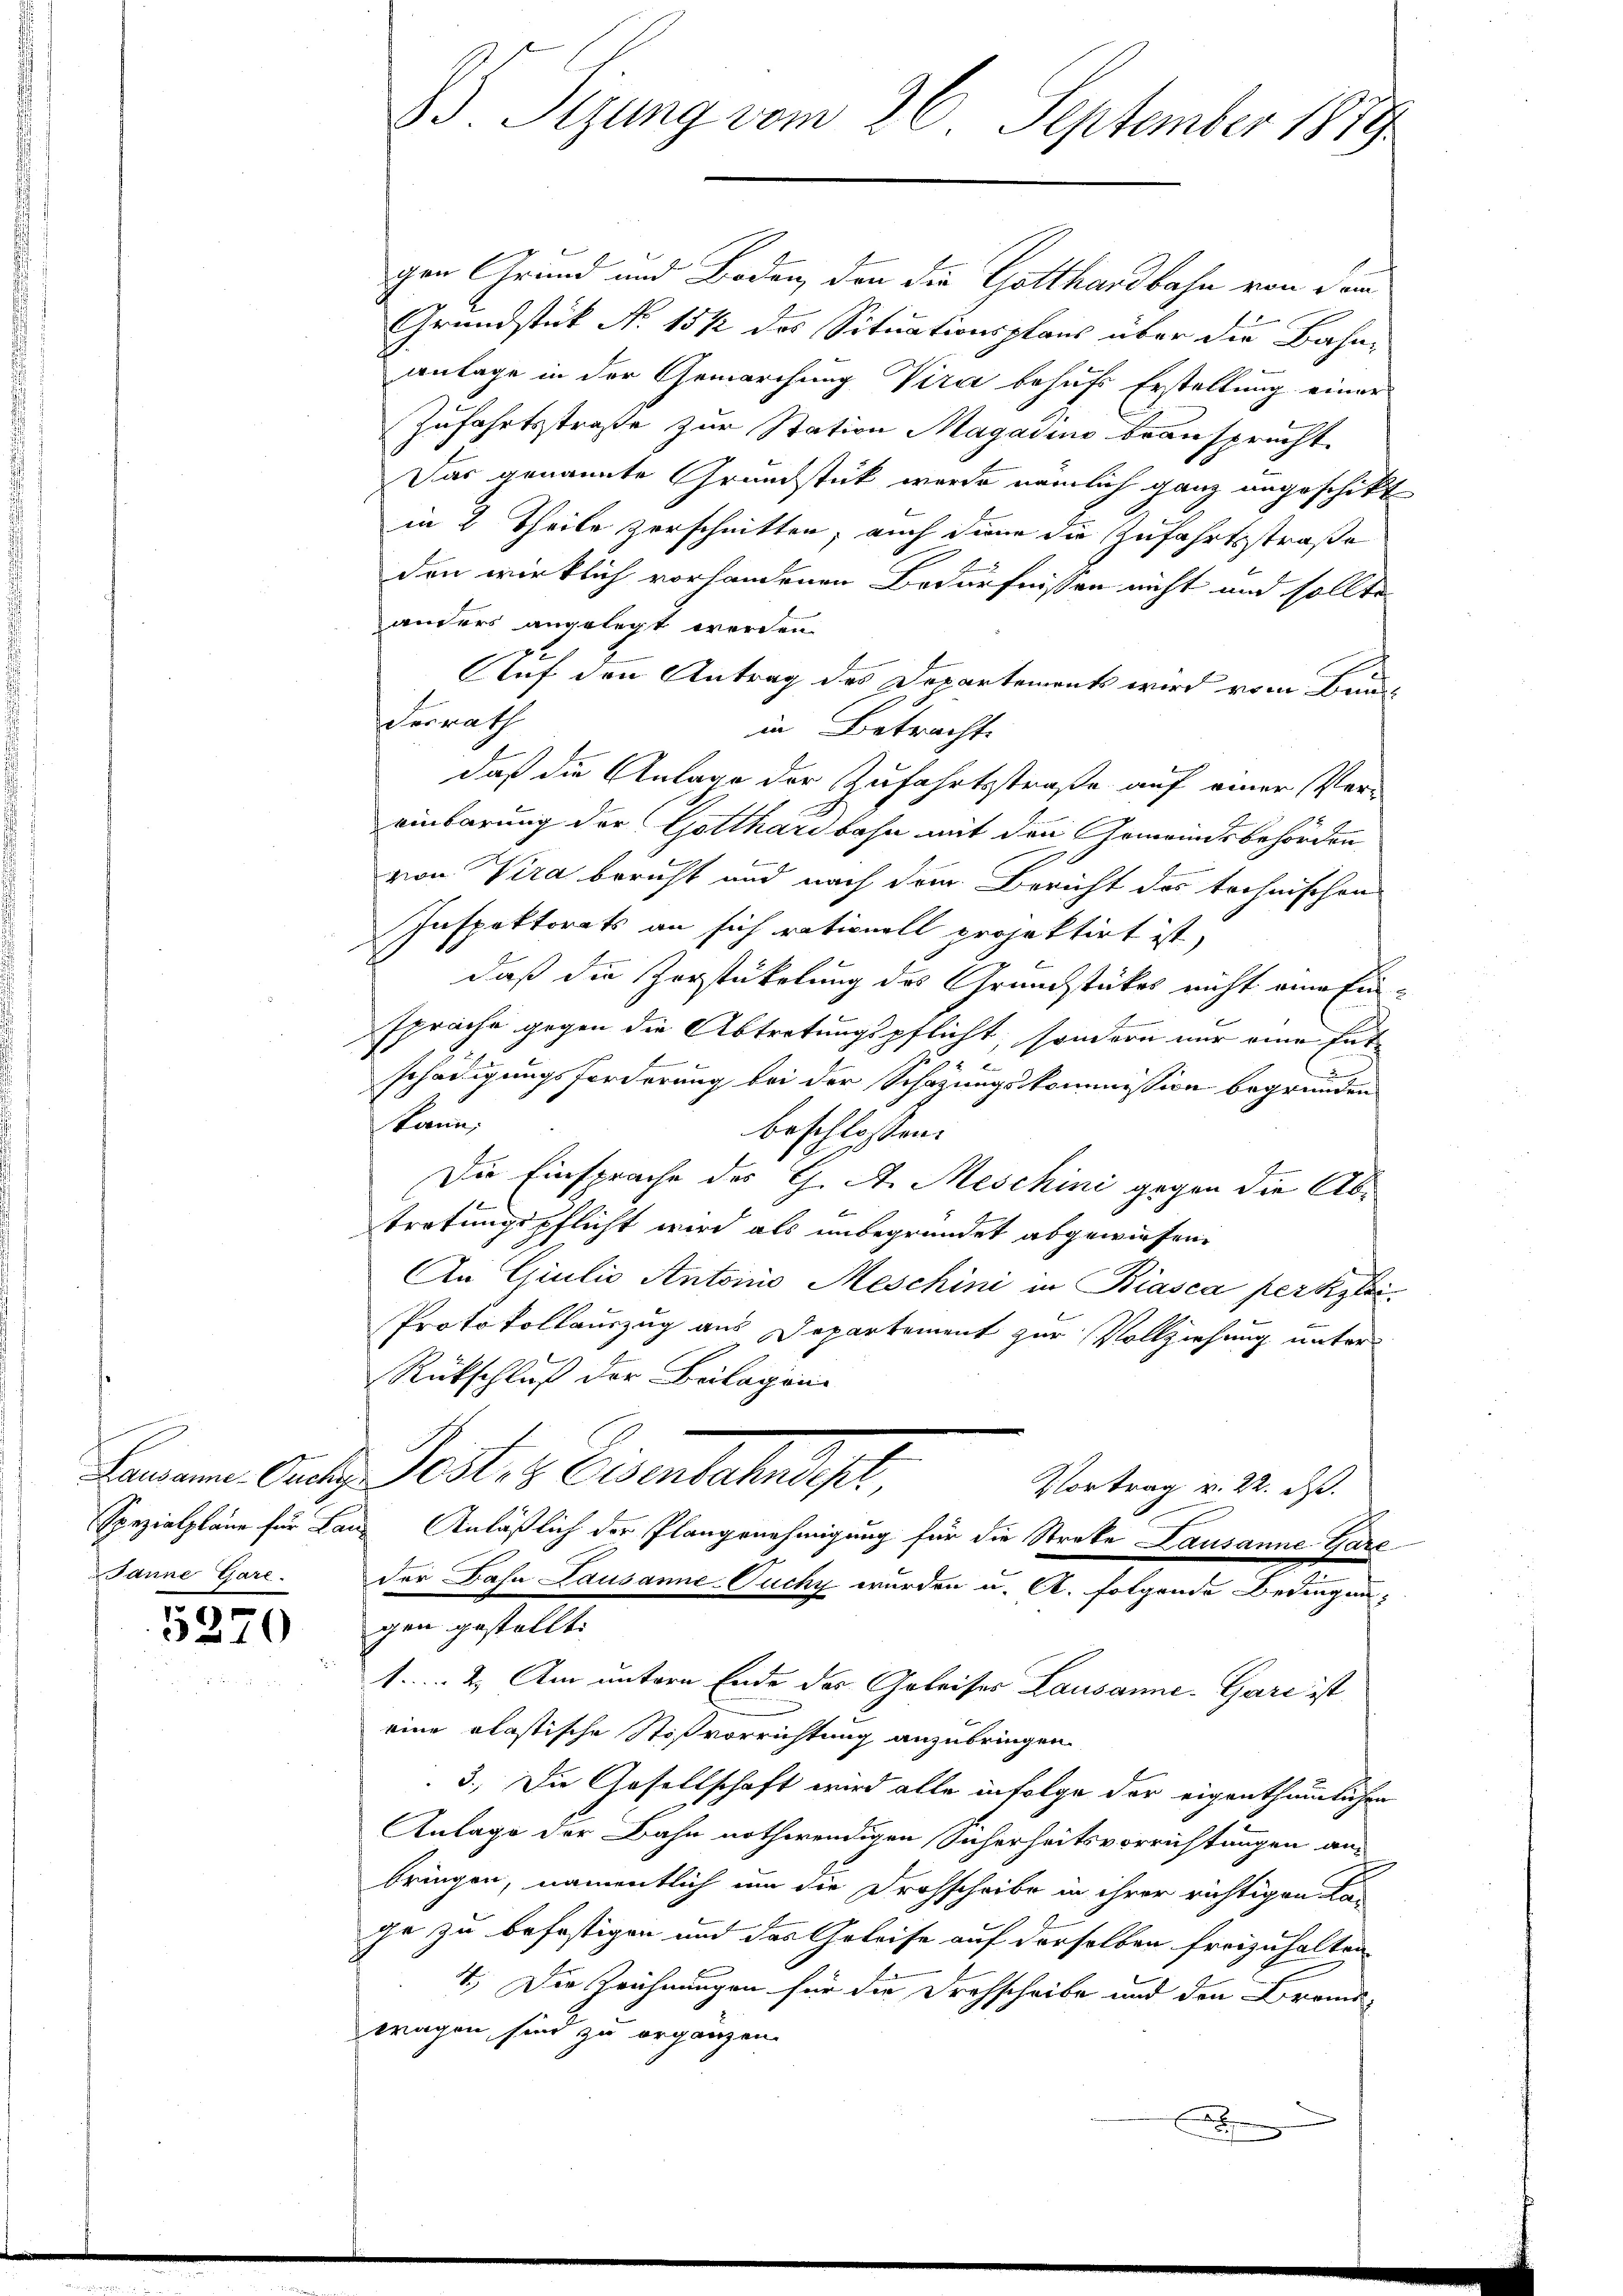
Janne Gare.

5370

B. Sizung vom 26. September 1889.

gen Grund und Boden, den die Gotthardbahn von dem
Grundstück No 15 1/2 des Situationspflanz über die Bahn-
anlage in der Gemarchung Vira behufs Erstellung einer
Zufahrtsstraße zur Station Magadine beansprucht.
Das genannte Grundstück werde nämlich ganz angeschikt
in 2 Theile zerschnitten, auch denn die Zufahrtsstraße
den wirklich vorhandenen Bedürfnissen nicht und sollte
anders angelegt werden.
Auf den Antrag des Departements wird vom Bauschenrath
in Betracht.
daß die Anlage der Zufahrtsstraße auf einer Ver-
einbarung der Gotthardbahn mit den Gemeindsbehörden
6
.
von Kira bericht und nach dem Bericht des technischen
Inspektorats an sich rationell projektirt ist,
daß die Zerstickelung des Grundstückes nicht eine Einsprache gegen die Abtretungspflicht, sondern nur eine Ent-
schädigungsforderung bei der Schazungskommission begründen
kann
beschlossen:
Die Einsprache des C. A. Meschini gegen die Abtretungspflicht wird als unbegründet abgewiesen.
An Giulio Antoins Meschini in Biasca perkstei¬
Protokollauszug aus Departement zur Vollziehung unter
Rückschluß der Beilagen.
Haaren Orte Perti & Eisenbahnst,
Vortrag v. 22. ds.
Spezialpläne für Lanz Anläßlich der Plangenehmigung für die Streke Lausanne Gare
der Dahn Lausanne-Fuchy wurden u. A. folgende Bedingungen gestellt.
1. 2. Am untern Ende des Geleises Lausanne-Gare ist
eine alastische Stißvorrichtung anzubringen.
3.) Die Gesellschaft wird alle infolge der eigenthümlichen
Anlage der Bahn nothwendigen Sicherheitsvorrichtungen an-
bringen, namentlich um die Drohscheibe in ihrer richtigen Lan
ge zu befestigen und das Geleise auf derselben freizuhalten.
4.) Die Zeichnungen für die Drehscheibe und den Brand-
wagen sind zu ergänzen.
x